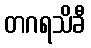
တဂရသိခီ